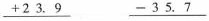
\underline{+23.9} \underline{-35.7}